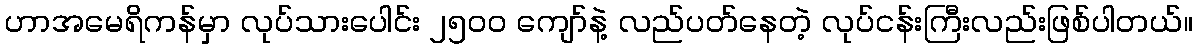
ဟာအမေရိကန်မှာ လုပ်သားပေါင်း ၂၅၀၀ ကျော်နဲ့ လည်ပတ်နေတဲ့ လုပ်ငန်းကြီးလည်းဖြစ်ပါတယ်။